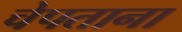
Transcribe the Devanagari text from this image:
चेपताना